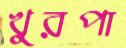
খুরপা